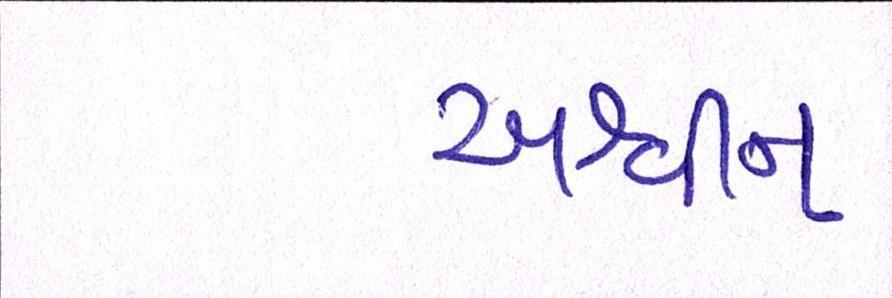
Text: અશ્વીન